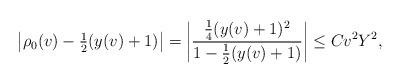
LaTeX: \begin{align*} \left|\rho_0(v)-\tfrac{1}{2}(y(v)+1)\right|=\left|\frac{\tfrac{1}{4}(y(v)+1)^2}{1-\tfrac{1}{2}(y(v)+1)}\right|\leq Cv^2Y^2,\end{align*}